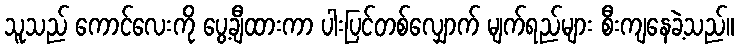
သူသည် ကောင်လေးကို ပွေ့ချီထားကာ ပါးပြင်တစ်လျှောက် မျက်ရည်များ စီးကျနေခဲ့သည်။